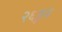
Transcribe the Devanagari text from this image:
२६हून